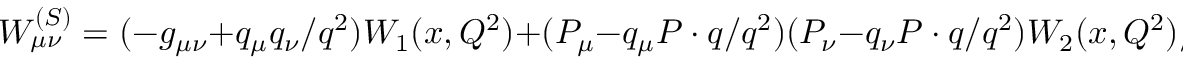
W _ { \mu \nu } ^ { ( S ) } = ( - g _ { \mu \nu } + { q _ { \mu } q _ { \nu } } / { q ^ { 2 } } ) W _ { 1 } ( x , Q ^ { 2 } ) + ( P _ { \mu } - q _ { \mu } { P \cdot q } / { q ^ { 2 } } ) ( P _ { \nu } - q _ { \nu } { P \cdot q } / { q ^ { 2 } } ) { W _ { 2 } ( x , Q ^ { 2 } ) } / { M ^ { 2 } }